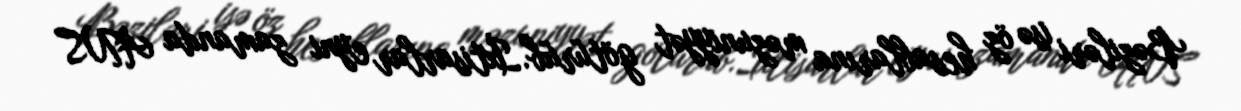
Bəziləri isə öz hesablarına məzuniyyət götürüb.İxtisarlar eyni zamanda ANS